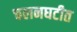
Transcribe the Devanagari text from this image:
चलनघटीत